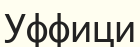
Уффици